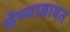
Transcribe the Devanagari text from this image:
घेण्याबाबत